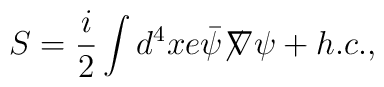
S=\frac{i}{2} \int d^4x e {\bar{\psi}}{\not \!\nabla}\psi+ h.c.,